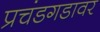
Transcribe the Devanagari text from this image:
प्रचंडगडावर